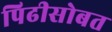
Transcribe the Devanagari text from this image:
पिढीसोबत